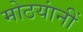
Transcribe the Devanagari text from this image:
मोठयांनीं